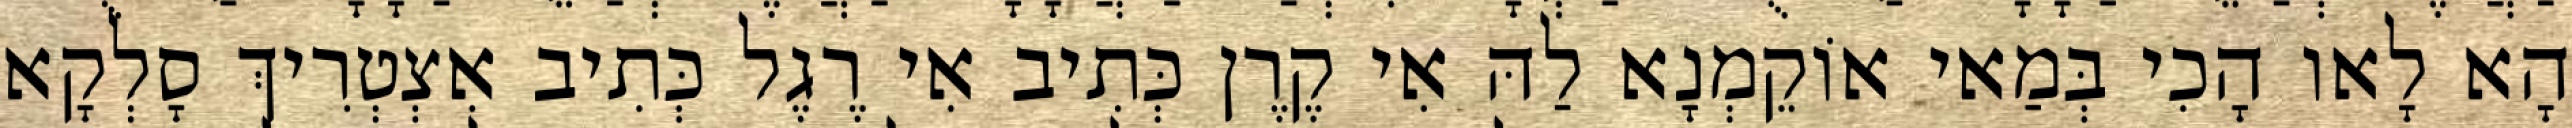
הָא לָאו הָכִי בְּמַאי אוֹקֵמְנָא לַהּ אִי קֶרֶן כְּתִיב אִי רֶגֶל כְּתִיב אִצְטְרִיךְ סָלְקָא